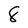
Character: 8